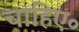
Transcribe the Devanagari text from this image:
चाहिए॰